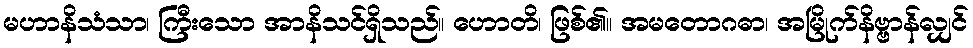
မဟာနိသံသာ၊ ကြီးသော အာနိသင်ရှိသည်။ ဟောတိ၊ ဖြစ်၏။ အမတောဂဓာ၊ အမြိုက်နိဗ္ဗာန်လျှင်